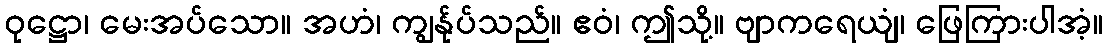
ဝုဋ္ဌော၊ မေးအပ်သော။ အဟံ၊ ကျွန်ုပ်သည်။ ဧဝံ၊ ဤသို့။ ဗျာကရေယျံ၊ ဖြေကြားပါအံ့။